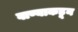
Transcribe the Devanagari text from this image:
वाण्याकडून